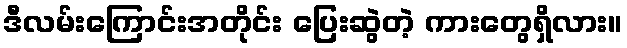
ဒီလမ်းကြောင်းအတိုင်း ပြေးဆွဲတဲ့ ကားတွေရှိလား။